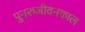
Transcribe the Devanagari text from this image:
पुनरुजीवनकाल